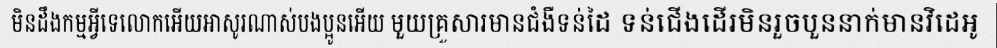
មិនដឹងកម្មអ្វីទេលោកអើយអាសូរណាស់បងប្អូនអើយ មួយគ្រួសារមានជំងឺទន់ដៃ ទន់ជើងដើរមិនរួចបួននាក់មានវិដេអូ